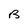
Character: B